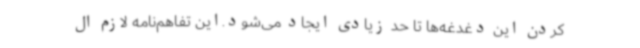
کردن این دغدغه‌ها تا حد زیادی ایجاد می‌شود.این تفاهم‌نامه لازم ال